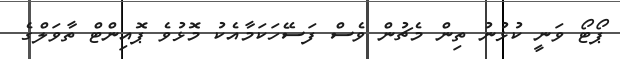
ޕޯޓޯ ވަނީ ކުޅުނު ތިން މެޗުން ވެސް ފަސޭހަކަމާއެކު މޮޅުވެ ޕޮއިންޓް ތާވަލްގެ